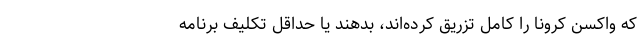
که واکسن کرونا را کامل تزریق کرده‌اند، بدهند یا حداقل تکلیف برنامه